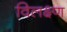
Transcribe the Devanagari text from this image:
विलक्ष्ण